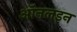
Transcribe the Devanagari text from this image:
ऑनलइन